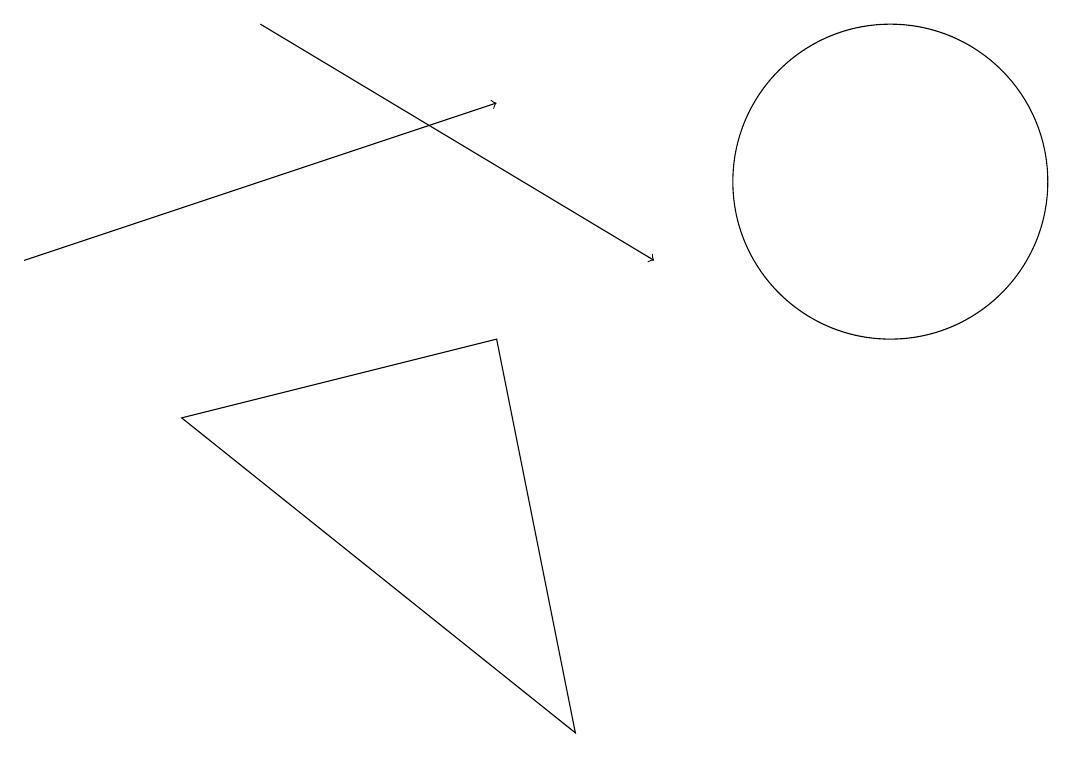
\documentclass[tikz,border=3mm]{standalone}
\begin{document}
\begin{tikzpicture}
\draw (11,11) circle (2);
\draw[->] (0,10) -- (6,12);
\draw[->] (3,13) -- (8,10);
\draw (2,8) -- (6,9) -- (7,4) -- cycle;
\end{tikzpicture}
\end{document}